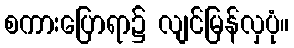
စကားပြောရာ၌ လျင်မြန်လှပုံ။